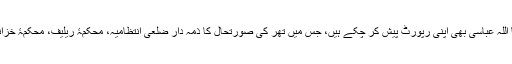
یاد رہے کہ اس سے پہلے ڈی آئی جی پولیس حیدرآباد ثنا اللہ عباسی بھی اپنی رپورٹ پیش کر چکے ہیں، جس میں تھر کی صورتحال کا ذمہ دار ضلعی انتظامیہ، محکمۂ ریلیف، محکمۂ خزانہ، صحت اور محکمۂ خوراک کی غفلت کو قرار دیا ہے۔